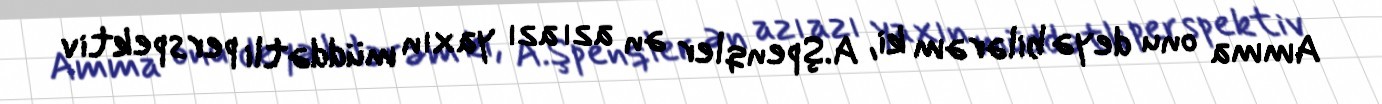
Amma onu deyə bilərəm ki, A.Şpenqler ən azı azı yaxın müddətli perspektiv